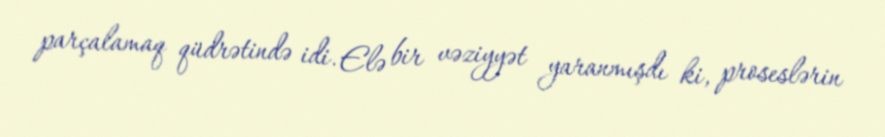
parçalamaq qüdrətində idi. Elə bir vəziyyət yaranmışdı ki, proseslərin